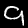
Label: 9